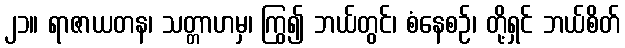
၂၁။ ရာဇာယတန၊ သတ္တာဟမှ၊ ကြွ၍ ဘယ်တွင်၊ စံနေစဉ်၊ တို့ရှင် ဘယ်စိတ်